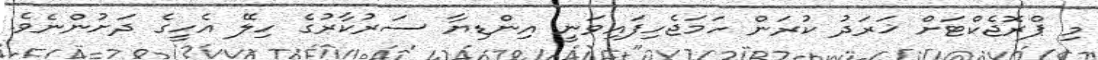
މި ޕްރޮޖެކްޓަށް ޚަރަދު ކުރަން ހަމަޖެހިފައިވަނީ އިންޑިޔާ ސަރުކާރުގެ ހިލޭ އެހީގެ ދަށުންނެވެ.